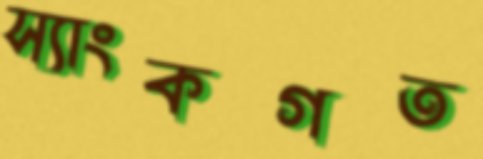
স্যাংকগত